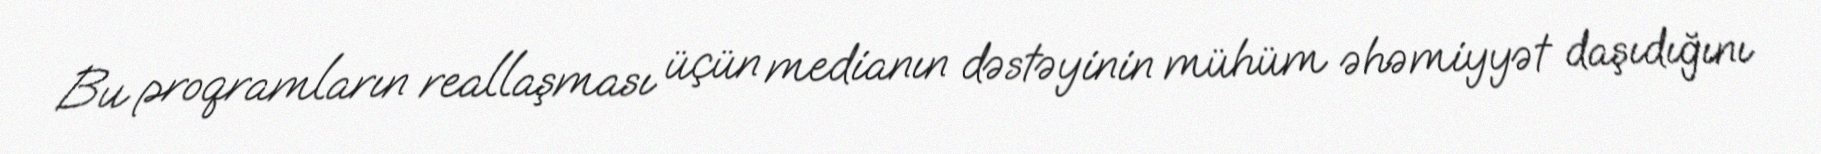
Bu proqramların reallaşması üçün medianın dəstəyinin mühüm əhəmiyyət daşıdığını